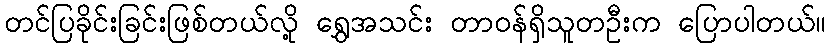
တင်ပြခိုင်းခြင်းဖြစ်တယ်လို့ ရွှေအသင်း တာဝန်ရှိသူတဦးက ပြောပါတယ်။